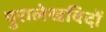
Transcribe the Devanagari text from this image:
पुरालेखविदों